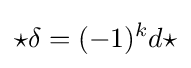
{\star }\delta =(-1)^{k}d{\star }